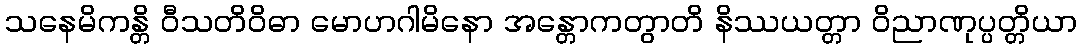
သနေမိကန္တိ ဝီသတိဝိဓာ မောဟဂါမိနော အန္တောကတွာတိ နိဿယတ္တာ ဝိညာဏုပ္ပတ္တိယာ